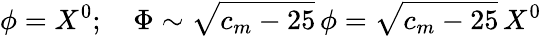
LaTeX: \phi=X^{0};\quad\Phi\sim\sqrt{c_{m}-25}\, \phi=\sqrt{c_{m}-25}\, X^{0}